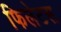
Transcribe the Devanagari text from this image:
फिलेटस